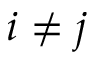
i \ne j